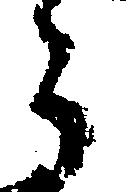
う